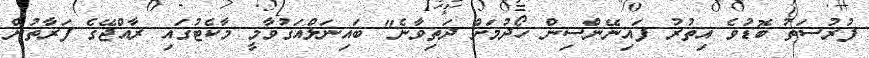
ފުރުސަތު ބޮޑުވެ އިތުރު ފައިނޭންސިން ހޯދުމަށް ދަތިވާނެ" ބައިނަލްއަގުވާމީ މާކެޓުގައި ރާއްޖޭގެ ފަރާތުން